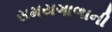
સમયગાળાની